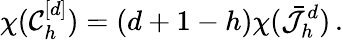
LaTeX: \chi(\mathcal{C}_{h}^{[d]})=(d+1-h)\chi(\bar{\mathcal{J}}_{h}^{d})\, .